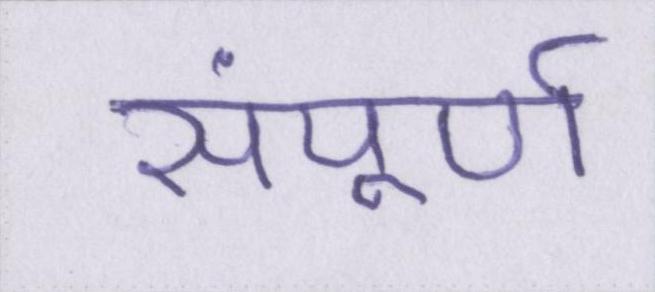
संपूर्ण